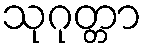
သုဂုတ္တာ